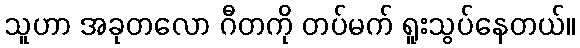
သူဟာ အခုတလော ဂီတကို တပ်မက် ရူးသွပ်နေတယ်။